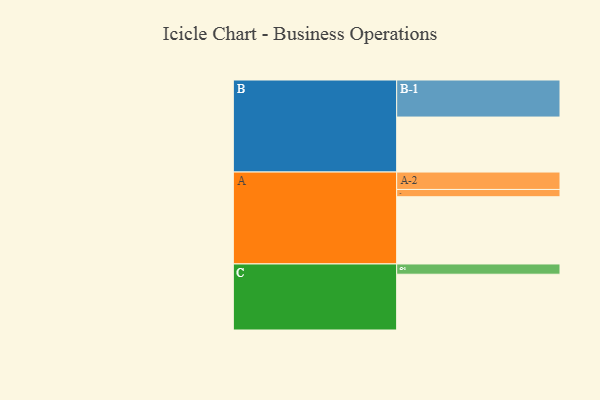
{"axis": {"x": "Segment", "y": "Value"}, "legend": ["", "A", "B", "C"], "data": [{"x": "A", "y": 517, "type": ""}, {"x": "B", "y": 423, "type": ""}, {"x": "C", "y": 429, "type": ""}, {"x": "A-1", "y": 56, "type": "A"}, {"x": "A-2", "y": 134, "type": "A"}, {"x": "B-1", "y": 285, "type": "B"}, {"x": "C-1", "y": 79, "type": "C"}]}